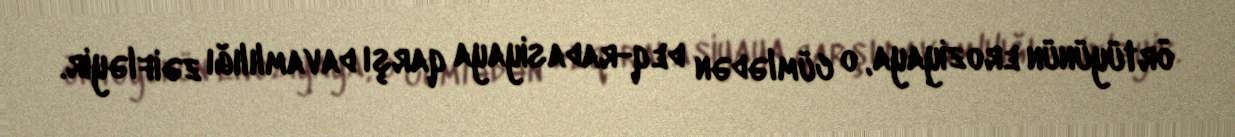
örtüyünün eroziyaya, o cümlədən deq-radasiyaya qarşı davamlılığı zəifləyir.